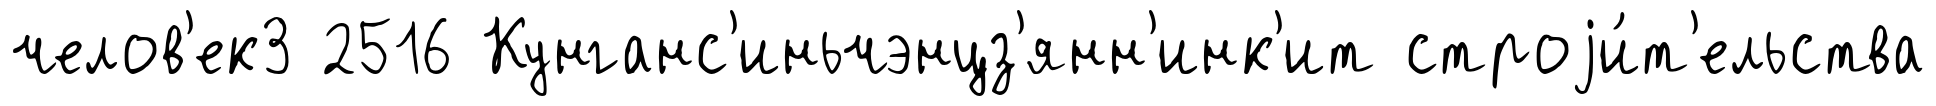
челов'ек3 2516 Кунганс'иньчэнцз'янн'инк'ит строjи́т'ельства